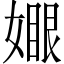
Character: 𡡆